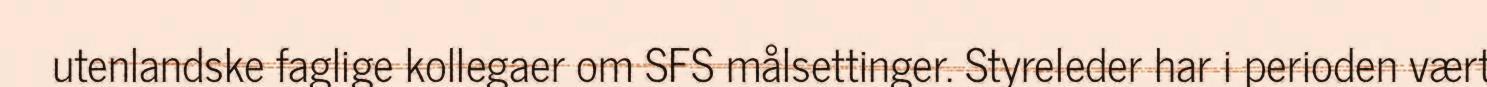
utenlandske faglige kollegaer om SFS målsettinger. Styreleder har i perioden vært